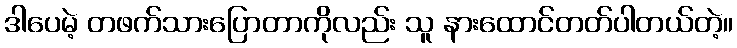
ဒါပေမဲ့ တဖက်သားပြောတာကိုလည်း သူ နားထောင်တတ်ပါတယ်တဲ့။